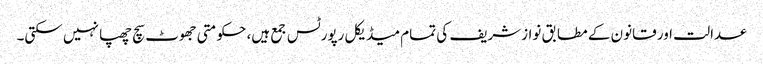
عدالت اور قانون کے مطابق نوازشریف کی تمام میڈیکل رپورٹس جمع ہیں، حکومتی جھوٹ سچ چھپا نہیں سکتی۔